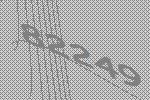
82249